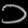
Digit: ၁